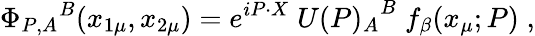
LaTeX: {\Phi_{P,A}}^{B}(x_{1\mu},x_{2\mu})=e^{iP\cdot X}\; {U(P)_{A}}^{B}\; f_{\beta}(x_{\mu};P)\; ,